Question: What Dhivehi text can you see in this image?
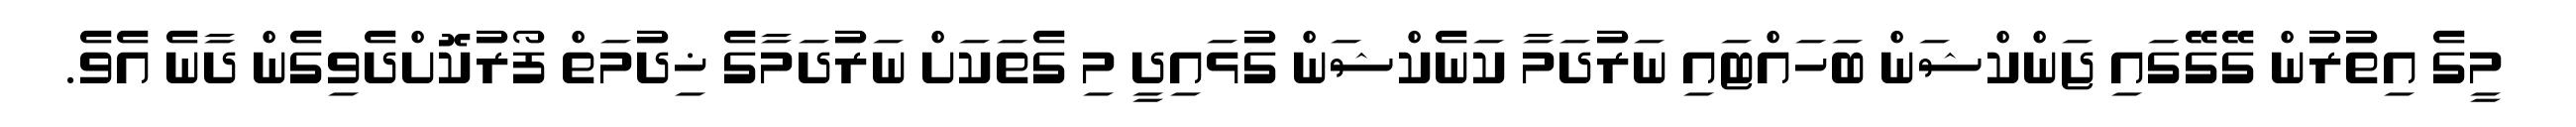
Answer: މީގެ އިތުރުން ގޭގޭގައި ޖަންކްޝަން ބަހައްޓައި ނަރުދަމާ ކަނެކްޝަން ގުޅައިދީ މި ގެތަކަށް ނަރުދަމާގެ ޚިދުމަތް ފޯރުކޮށްދެވިގެން ދާނެ އެވެ.